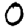
Digit: 0